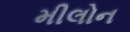
મીલોન